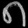
Digit: ၈